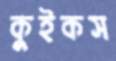
কুইকস